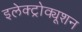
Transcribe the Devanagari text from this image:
इलेक्ट्रोक्यूशन